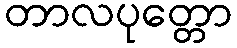
တာလပုတ္တော